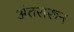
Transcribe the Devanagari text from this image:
अंतरारून